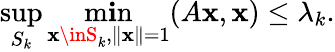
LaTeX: \operatorname*{sup}_{S_{k}}\operatorname*{m\mathbf{i}n}_{\mathbf{x}\inS_{k},\| \mathbf{x}\| =1}(A\mathbf{x},\mathbf{x})\leq\lambda_{k}.